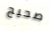
صحيح